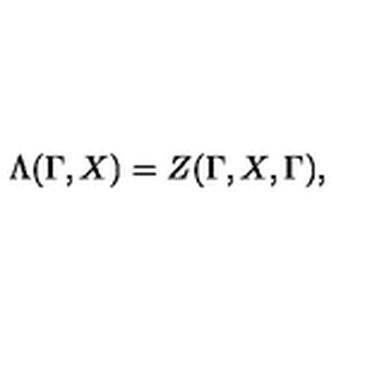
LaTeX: \Lambda ( \Gamma , X ) = Z ( \Gamma , X , \Gamma ) ,